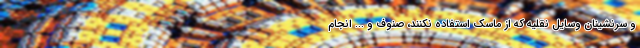
و سرنشینان وسایل نقلیه که از ماسک استفاده نکنند، صنوف و ... انجام